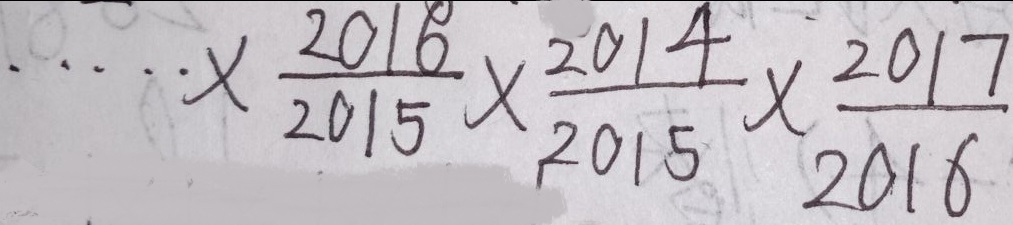
\cdots \times \frac { 2 0 1 6 } { 2 0 1 5 } \times \frac { 2 0 1 4 } { 2 0 1 5 } \times \frac { 2 0 1 7 } { 2 0 1 6 }